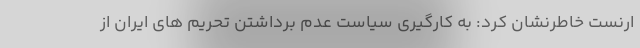
ارنست خاطرنشان کرد: به کارگیری سیاست عدم برداشتن تحریم های ایران از